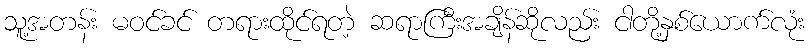
သူ့အတန်း မဝင်ခင် တရားထိုင်ရတဲ့ ဆရာကြီးအချိန်ဆိုလည်း ငါတို့နှစ်ယောက်လုံး